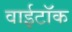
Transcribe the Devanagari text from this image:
वाईटॉक